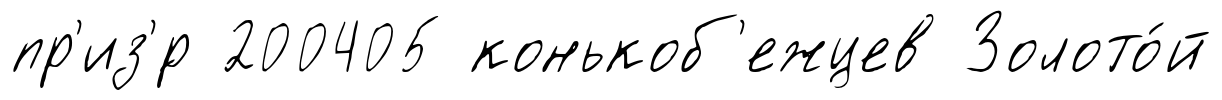
пр'из'́р 200405 конькоб'ежцев Золото́й